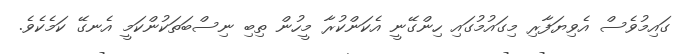
ގައިމުވެސް އެވިޔަފާރި މިގައުމުގައި ހިންގޭނީ އެކަންކުރާ މީހުން ތިބި ނިސްބަތަކުންކަމީ އެނގޭ ކަމެކެވެ.